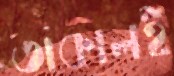
তাকালই